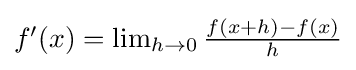
{\textstyle f^{\prime }(x)=\lim _{h\rightarrow 0}{\frac {f(x+h)-f(x)}{h}}}